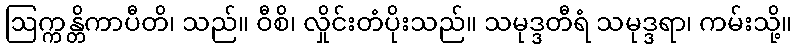
ဩက္ကန္တိကာပီတိ၊ သည်။ ဝီစိ၊ လှိုင်းတံပိုးသည်။ သမုဒ္ဒတီရံ သမုဒ္ဒရာ၊ ကမ်းသို့။